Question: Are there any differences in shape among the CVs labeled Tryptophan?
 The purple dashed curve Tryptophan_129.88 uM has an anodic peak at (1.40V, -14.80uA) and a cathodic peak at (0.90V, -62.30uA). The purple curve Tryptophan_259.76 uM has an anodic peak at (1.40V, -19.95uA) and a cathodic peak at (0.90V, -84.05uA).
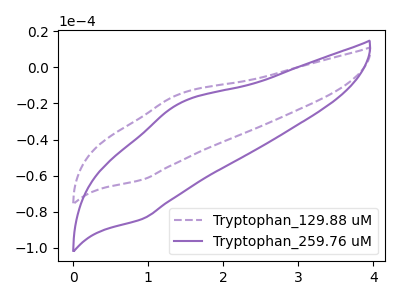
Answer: <think>All the peaks in "Tryptophan_129.88 uM" have a peak in "Tryptophan_259.76 uM" at the same potential.
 </think>
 <answer>All the CV's of "Tryptophan" have similar shape.</answer>
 <eval>follow_rule</eval>